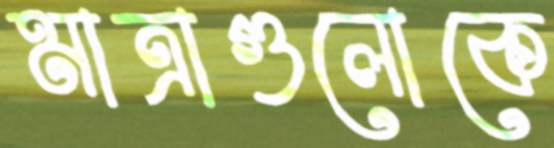
মাত্রাগুলোকে